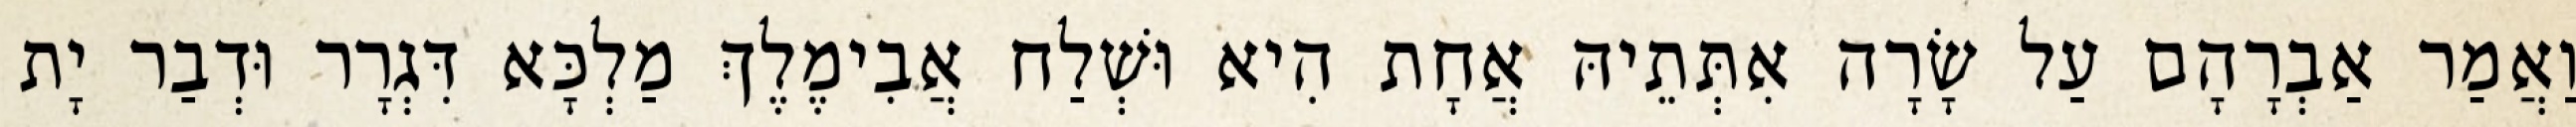
וַאֲמַר אַבְרָהָם עַל שָׂרָה אִתְּתֵיהּ אֲחָת הִיא וּשְׁלַח אֲבִימֶלֶךְ מַלְכָּא דִּגְרָר וּדְבַר יָת